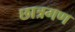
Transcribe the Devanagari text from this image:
छात्रगण